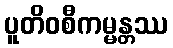
ပူတိဝစီကမ္မန္တဿ